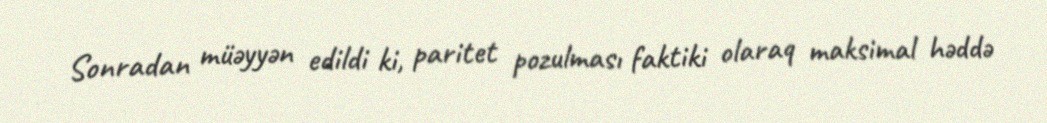
Sonradan müəyyən edildi ki, paritet pozulması faktiki olaraq maksimal həddə